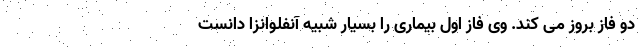
دو فاز بروز می کند. وی فاز اول بیماری را بسیار شبیه آنفلوانزا دانست